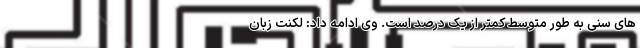
های سنی به طور متوسط کمتر از یک درصد است. وی ادامه داد: لکنت زبان